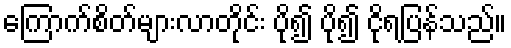
ကြောက်စိတ်များလာတိုင်း ပို၍ ပို၍ ငိုရပြန်သည်။